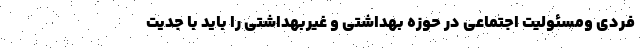
فردی ومسئولیت اجتماعی در حوزه بهداشتی و غیربهداشتی را باید با جدیت